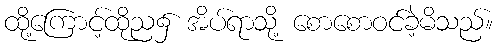
ထို့ကြောင့်ထိုည၌ အိပ်ရာသို့ စောစောဝင်ခဲ့မိသည်။